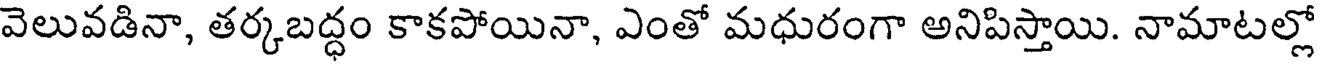
వెలువడినా, తర్కబద్ధం కాకపోయినా, ఎంతో మధురంగా అనిపిస్తాయి. నామాటల్లో